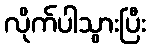
လိုက်ပါသွားပြီး